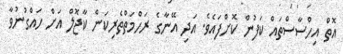
އޮތް އިހްސާސްތައް ކަފުން ކޮށްފައެވެ. އަދި އޭނާގެ ރަހްމަތްތެރިކަން ކާޖޮލް އަށް ހައްގުނުވާ